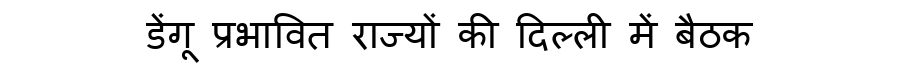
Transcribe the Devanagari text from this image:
डेंगू प्रभावित राज्यों की दिल्ली में बैठक